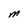
Character: M